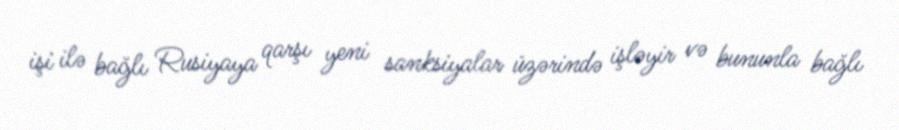
işi ilə bağlı Rusiyaya qarşı yeni sanksiyalar üzərində işləyir və bununla bağlı